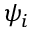
\psi _ { i }